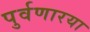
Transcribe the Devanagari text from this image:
पुर्वणारया